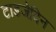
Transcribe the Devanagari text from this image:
टाडजेदिन